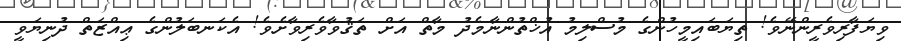
ވިޔަފާރިވެރީންނޭވެ! ތިޔަބައިމީހުންގެ މުސްލިމު އުޚްތުންނާމެދު މާތް އަށް ތަޤުވާވެރިވާށެވެ! އެކަނބަލުންގެ ޢިއްޒަތް ދުނިޔަވީ